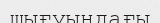
шығуындағы